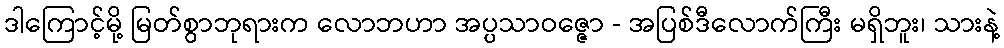
ဒါကြောင့်မို့ မြတ်စွာဘုရားက လောဘဟာ အပ္ပသာဝဇ္ဇော - အပြစ်ဒီလောက်ကြီး မရှိဘူး၊ သားနဲ့